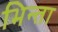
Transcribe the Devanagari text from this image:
भिन्ता